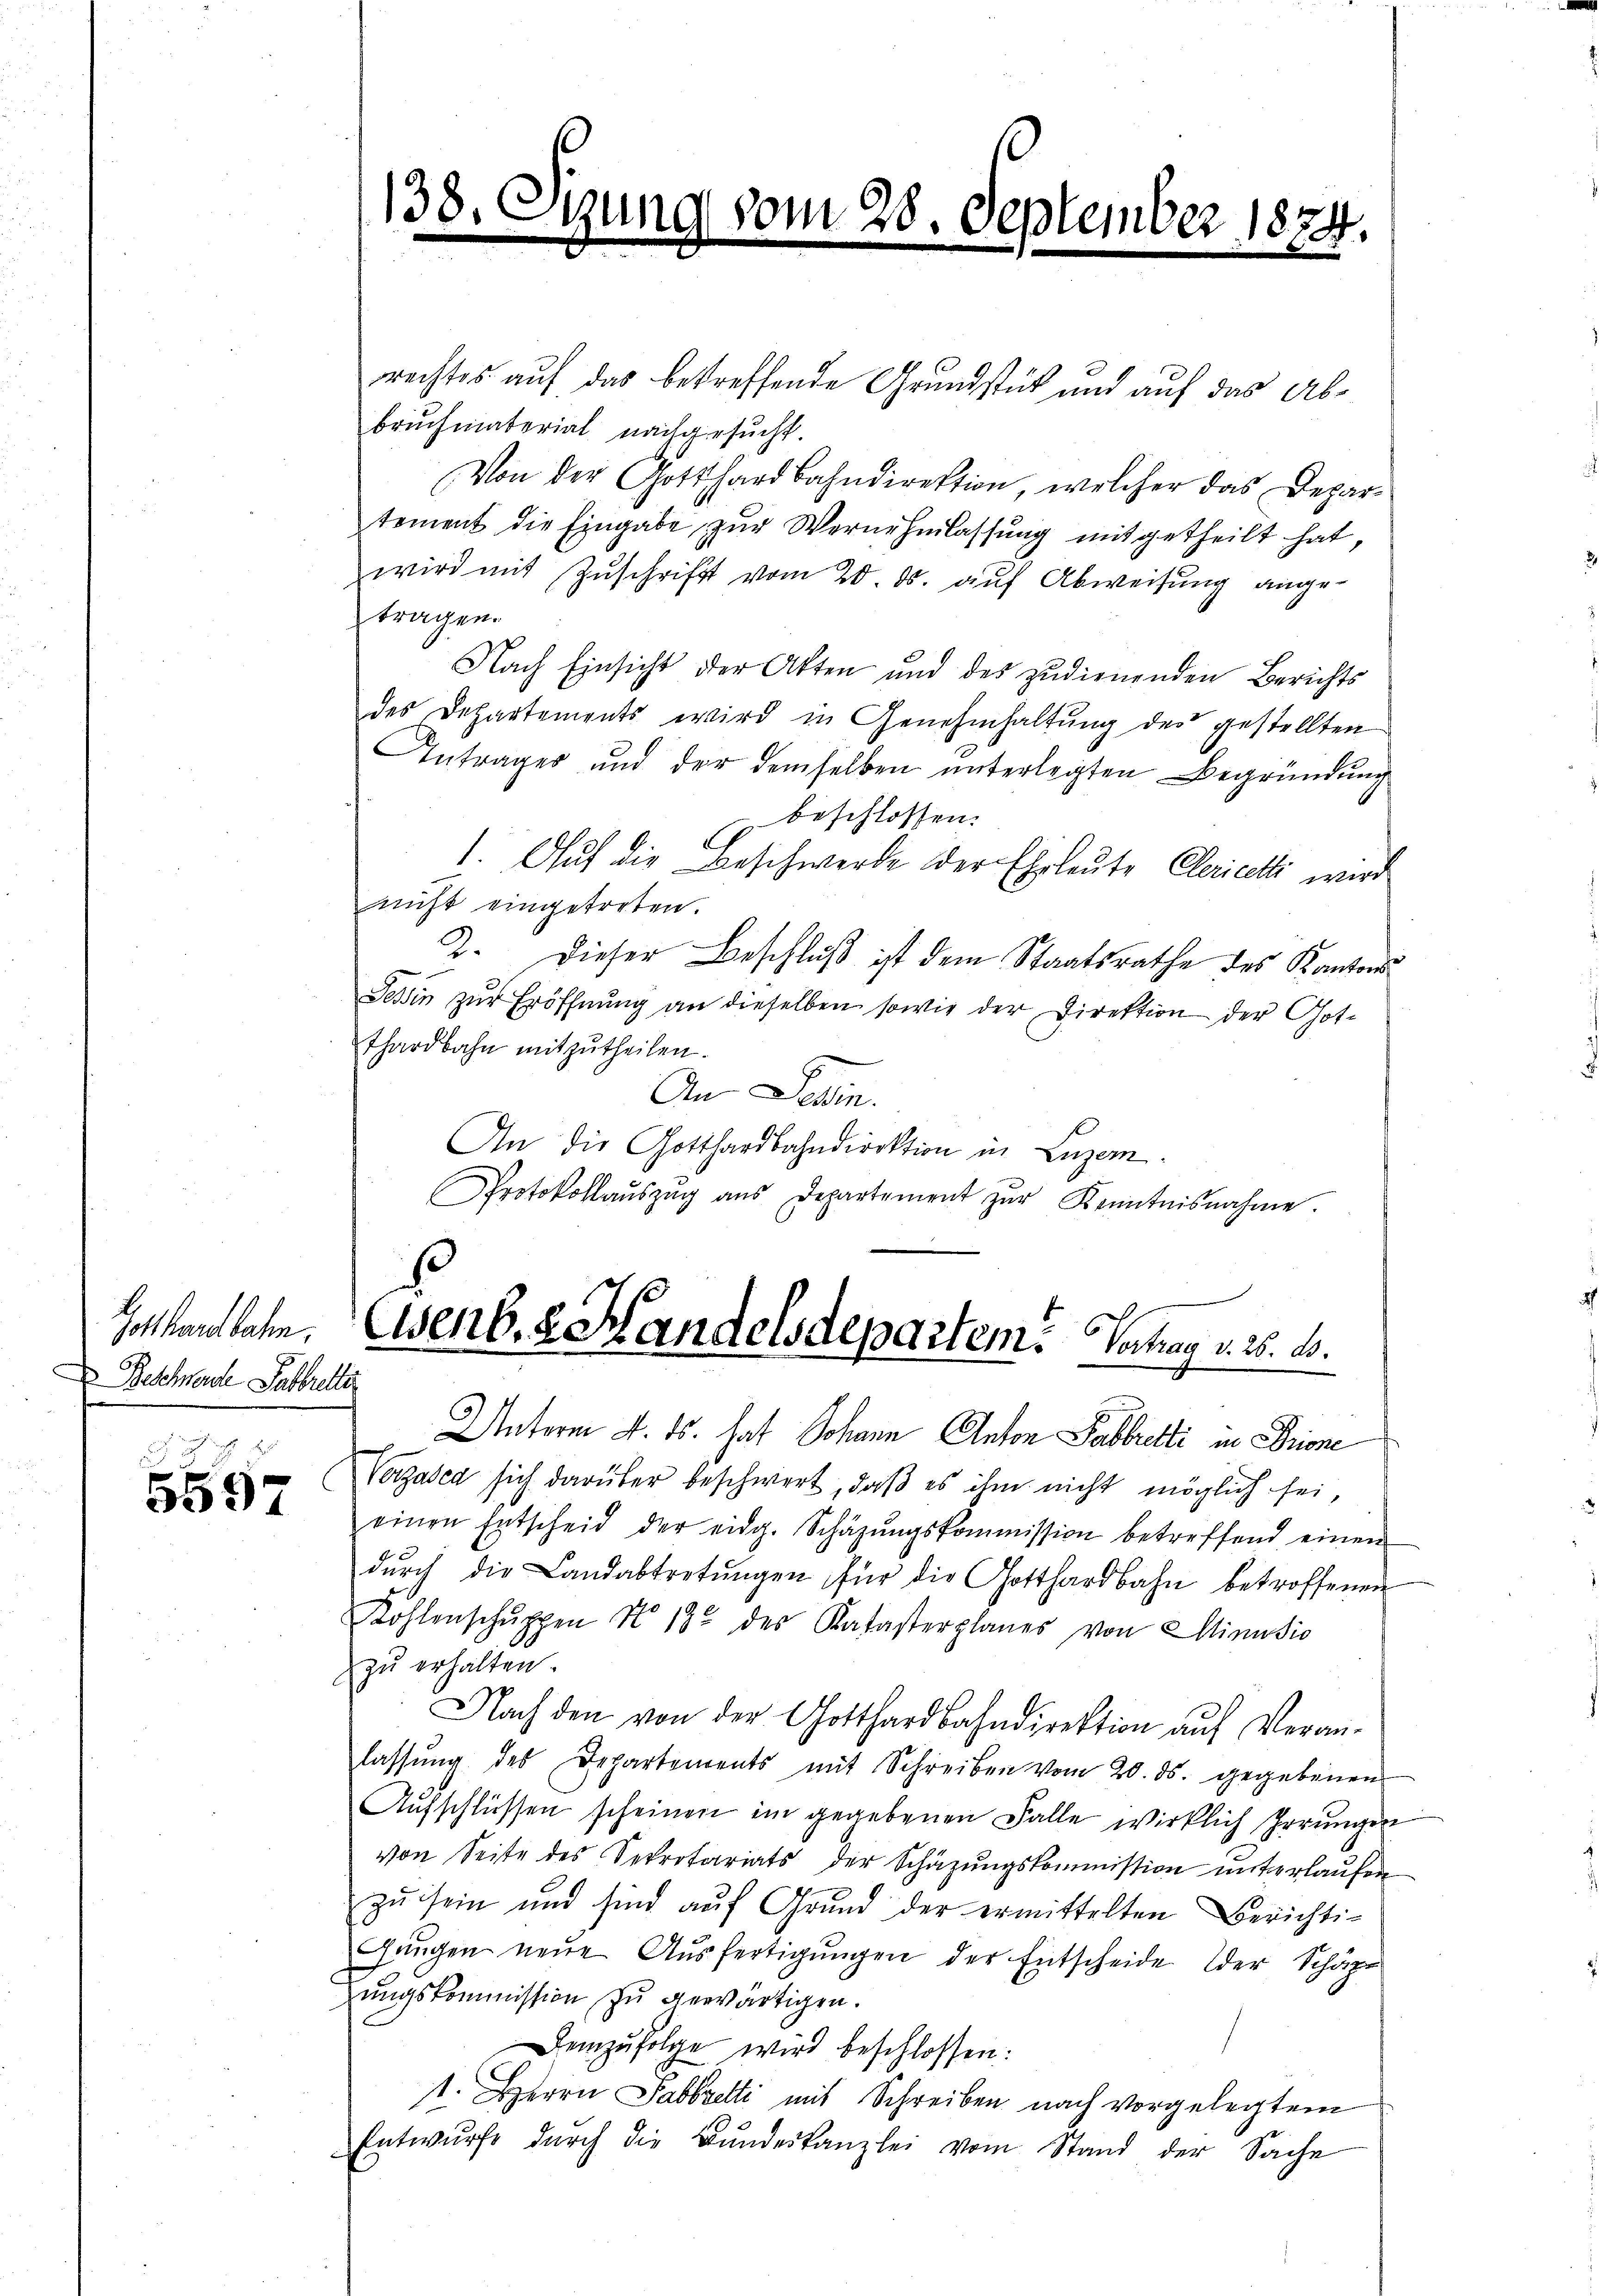
Golt hat behen.
Beschwerde Pabbreller

5597

rechtes auf das betreffende Grundstück und auf das Abbrŭchmaterial nachgesŭcht.
Von der Gotthardbahndirektion, welcher das Departement die Eingabe zŭr Vernehmlassŭng mitgetheilt hat,
wird mit Zuschrift vom 20. ds. auf Abweisung angeftragen.
Nach Einsicht der Akten und des zudienenden Berichts
des Departements wird in Genehmhaltung des gestellten
Antrages und der demselben ŭnterlegten Begründung
beschlossen.
E
1. Auf die Beschwerde der Ehrleute Clerieli wird
nicht eingetreten.
2. Dieser Beschluß ist dem Staatsrathe des Kantons
Tessin zŭr Eröffnŭng an dieselben sowie der Direktion der Got-
Thardbahn mitzutheilen.
An Dein
An die Gotthardbahndirektion in Luzern.
Protokollaŭszŭg aŭs Departement zŭr Kenntnisnahme.

138. C

ung vom 28. September 1874.

Eisenb. 8 Handelsdepartem. Vertrag v. 26. d.

Unterm 4. ds. hat Johann Anton Pabbretti in Brine
Verzused sich darüber beschwert, daß es ihm nicht möglich sei,
einen Entscheid der eidg. Schäzŭngskommission betreffend einen
dŭrch die Landabtretŭngen für die Gotthardbahn betroffenen
Kohlenschŭppen No. 18 des Katasterplanes von Minusio
zŭ erhalten.
Nach den von der Gotthardbahndirektion aŭf Veran-
lassŭng des Departements mit Schreiben vom 20. ds. gegebenen
Aufschlüssen scheinen im gegebenen Falle wirklich Irrungen
von Seite des Sekretariats der Schazungskommission unterlaufen
zŭ sein und sind aŭf Grŭnd der ermittelten Berichti-
Gangen neŭe Aŭsfertigŭngen der Entscheide der Schöp
zungskommission zu gewärtigen.
Demzufolge wird beschlossen:
t. Herrn Sabbretti mit Schreiben nach vorgelegtem
Entwurfe dŭrch die Bŭndeskanzlei vom Stand der Sache